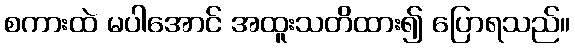
စကားထဲ မပါအောင် အထူးသတိထား၍ ပြောရသည်။